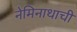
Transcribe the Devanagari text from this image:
नेमिनाथाची